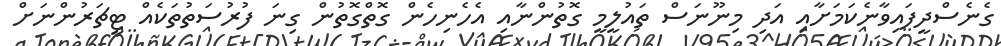
ގެނެސްދީފައިވާނެކަމަށާއި އަދި މިނޫނަސް ތައުލީމީ ގޮތުންނާއި އެހެނިހެން ގޮތްގޮތުން ގިނަ ފުރުސަތުތަކެއް ޓީޗަރުންނަށް